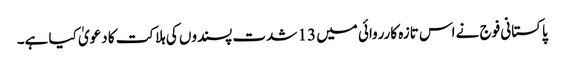
پاکستانی فوج نے اس تازہ کارروائی میں 13 شدت پسندوں کی ہلاکت کا دعویٰ کیا ہے۔